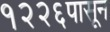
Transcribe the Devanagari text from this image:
१२२६पासून